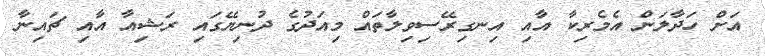
އަށް ހަދާލަން އެމެރިކާ އާއި އިނގިރޭސިވިލާތައް މިއަދުގެ ދުނިޔޭގައި ރަޝިއާ އާއި ޗައިނާ